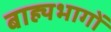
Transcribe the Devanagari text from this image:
बाह्यभागों